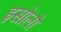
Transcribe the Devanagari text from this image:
इसोलो